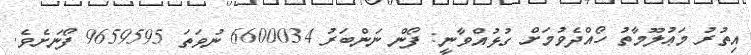
އިތުރު މަޢުލޫމާތު ހޯއްދެވުމަށް ގުޅުއްވާނީ: ފޯން ނަންބަރު 6600034 ނުވަތަ 9659595 ފޯނަށެވެ.